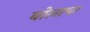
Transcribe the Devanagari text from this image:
बोलाचा